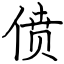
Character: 偾